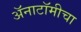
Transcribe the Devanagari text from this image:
अॅनाटॉमीचा